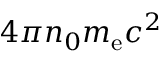
4 \pi n _ { 0 } m _ { \mathrm { e } } c ^ { 2 }